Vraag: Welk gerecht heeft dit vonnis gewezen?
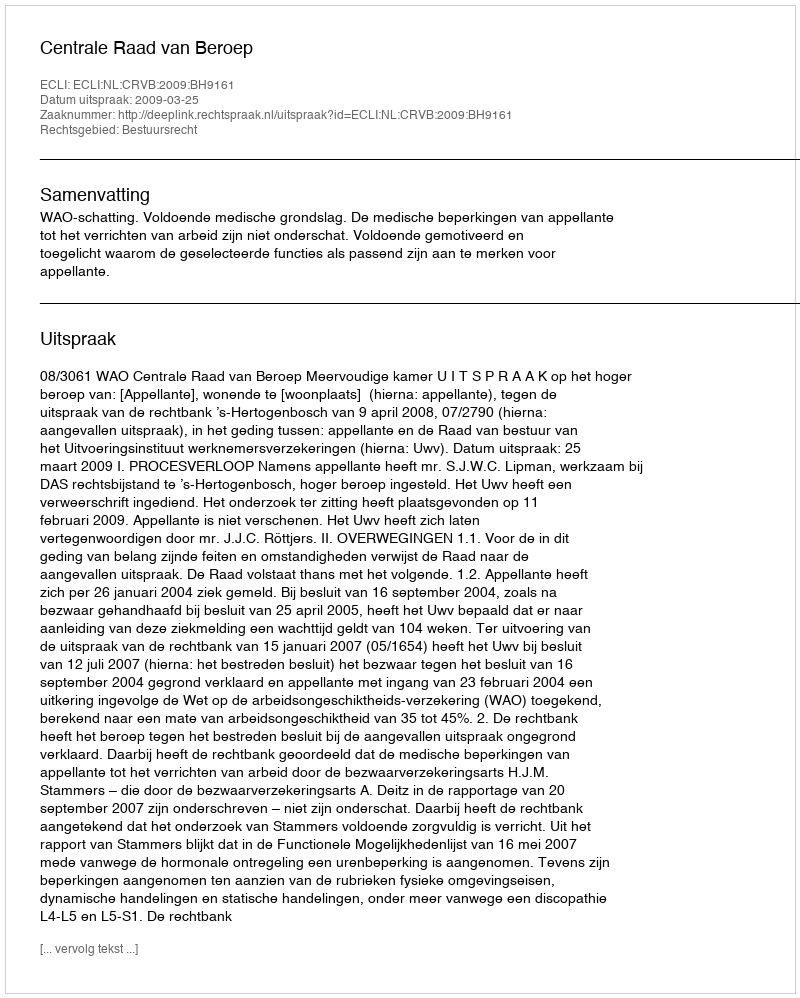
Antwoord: Centrale Raad van Beroep